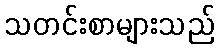
သတင်းစာများသည်